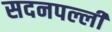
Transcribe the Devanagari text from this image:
सदनपल्ली